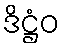
ဒိဋ္ဌံဝ